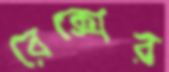
রেক্সের